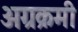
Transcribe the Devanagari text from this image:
अग्रक्रमी